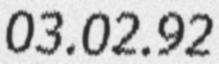
03.02.92